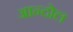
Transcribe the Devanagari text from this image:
आन्दोल